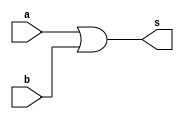
// -------------------------
// Exemplo_0502 - GATES
// Nome: Anna Puga Campos Rodrigues
// -------------------------
// -------------------------
// previso de testes
//      m a b s
//      0 0 0 0
//      1 0 1 1
//      2 1 0 1
//      3 1 1 1
//
// -------------------------
module NOR ( output s,
input a,
input b );
// descrever por portas
wire nor_2;
nor NOR1 ( nor_2, a, b ); 
nor NOR2 ( s , nor_2, nor_2);
endmodule // NOR
// ------------------------- definir dados
module EX_1;
reg x;
reg y;
wire s;
NOR MODULO1 (s, x, y);
// ------------------------- parte principal
initial
begin : main
$display("Exemplo_0502 - Anna Puga Campos Rodrigues - 694370");
$display("proposicao (a | b) - nor");
$display("   x    y    resposta");
// projetar testes do modulo
$monitor("%4b %4b %7b ", x, y, s);
   x = 1'b0; y = 1'b0;
#1 x = 1'b0; y = 1'b1;
#1 x = 1'b1; y = 1'b0;
#1 x = 1'b1; y = 1'b1;
end
endmodule // EX_1